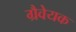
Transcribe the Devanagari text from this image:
ग्रैवेयक